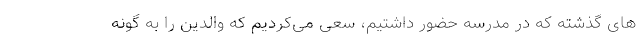
های گذشته که در مدرسه حضور داشتیم، سعی می‌کردیم که والدین را به گونه